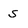
Character: s